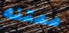
ممتنه